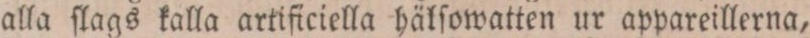
alla ſlags kalla artificiella häkſowatten ur appareillerna,